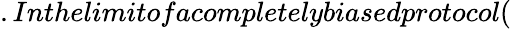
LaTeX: .Inthelimitofacompletelybiasedprotocol(